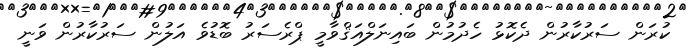
ކުރަން ސަރުކާރުން ދެކޮޅު ހެދުމުން ބައިނަލްއަޤްވާމީ ޕްރެސަރު ބޮޑުވެ އަލުން ސަރުކާރުން ވަނީ